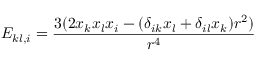
E _ { k l , i } = \frac { 3 ( 2 x _ { k } x _ { l } x _ { i } - ( \delta _ { i k } x _ { l } + \delta _ { i l } x _ { k } ) r ^ { 2 } ) } { r ^ { 4 } }